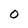
Character: 0